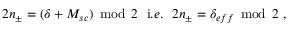
2 n _ { \pm } = ( \delta + M _ { s c } ) \, \bmod \, 2 \, \, \, \, \mathrm { i } . e . \, \, \, \, 2 n _ { \pm } = \delta _ { e f f } \, \bmod \, 2 \, \, ,